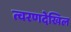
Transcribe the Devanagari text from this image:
त्वरणदेखिल